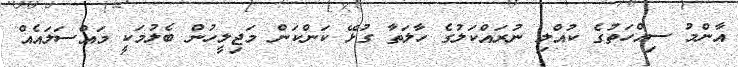
އާންމު ސިއްހަތުގެ ކުއްލި ނުރައްކަލުގެ ހާލަތާ ގުޅޭ ކަންކަން މަޖިލީހުން ބެލުމަކީ މައްސަލައެއް